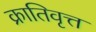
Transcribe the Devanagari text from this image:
क्रातिवृत्त